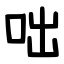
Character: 咄